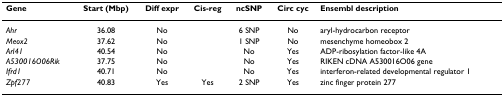
<table><thead><tr><td><b>Gene</b></td><td><b>Start (Mbp)</b></td><td><b>Diff expr</b></td><td><b>Cis-reg</b></td><td><b>ncSNP</b></td><td><b>Circ cyc</b></td><td><b>Ensembl description</b></td></tr></thead><tbody><tr><td><i>Ahr</i></td><td>36.08</td><td>No</td><td></td><td>6 SNP</td><td>No</td><td>aryl-hydrocarbon receptor</td></tr><tr><td><i>Meox2</i></td><td>37.62</td><td>No</td><td></td><td>1 SNP</td><td>No</td><td>mesenchyme homeobox 2</td></tr><tr><td><i>Arl41</i></td><td>40.54</td><td>No</td><td></td><td>No</td><td>Yes</td><td>ADP-ribosylation factor-like 4A</td></tr><tr><td><i>A530016O06Rik</i></td><td>37.75</td><td>No</td><td></td><td>No</td><td>Yes</td><td>RIKEN cDNA A530016O06 gene</td></tr><tr><td><i>Ifrd1</i></td><td>40.71</td><td>No</td><td></td><td>No</td><td>Yes</td><td>interferon-related developmental regulator 1</td></tr><tr><td><i>Zpf277</i></td><td>40.83</td><td>Yes</td><td>Yes</td><td>2 SNP</td><td>Yes</td><td>zinc finger protein 277</td></tr></tbody></table>